Petseri_perekonnanimede_kartoteek, lk 11
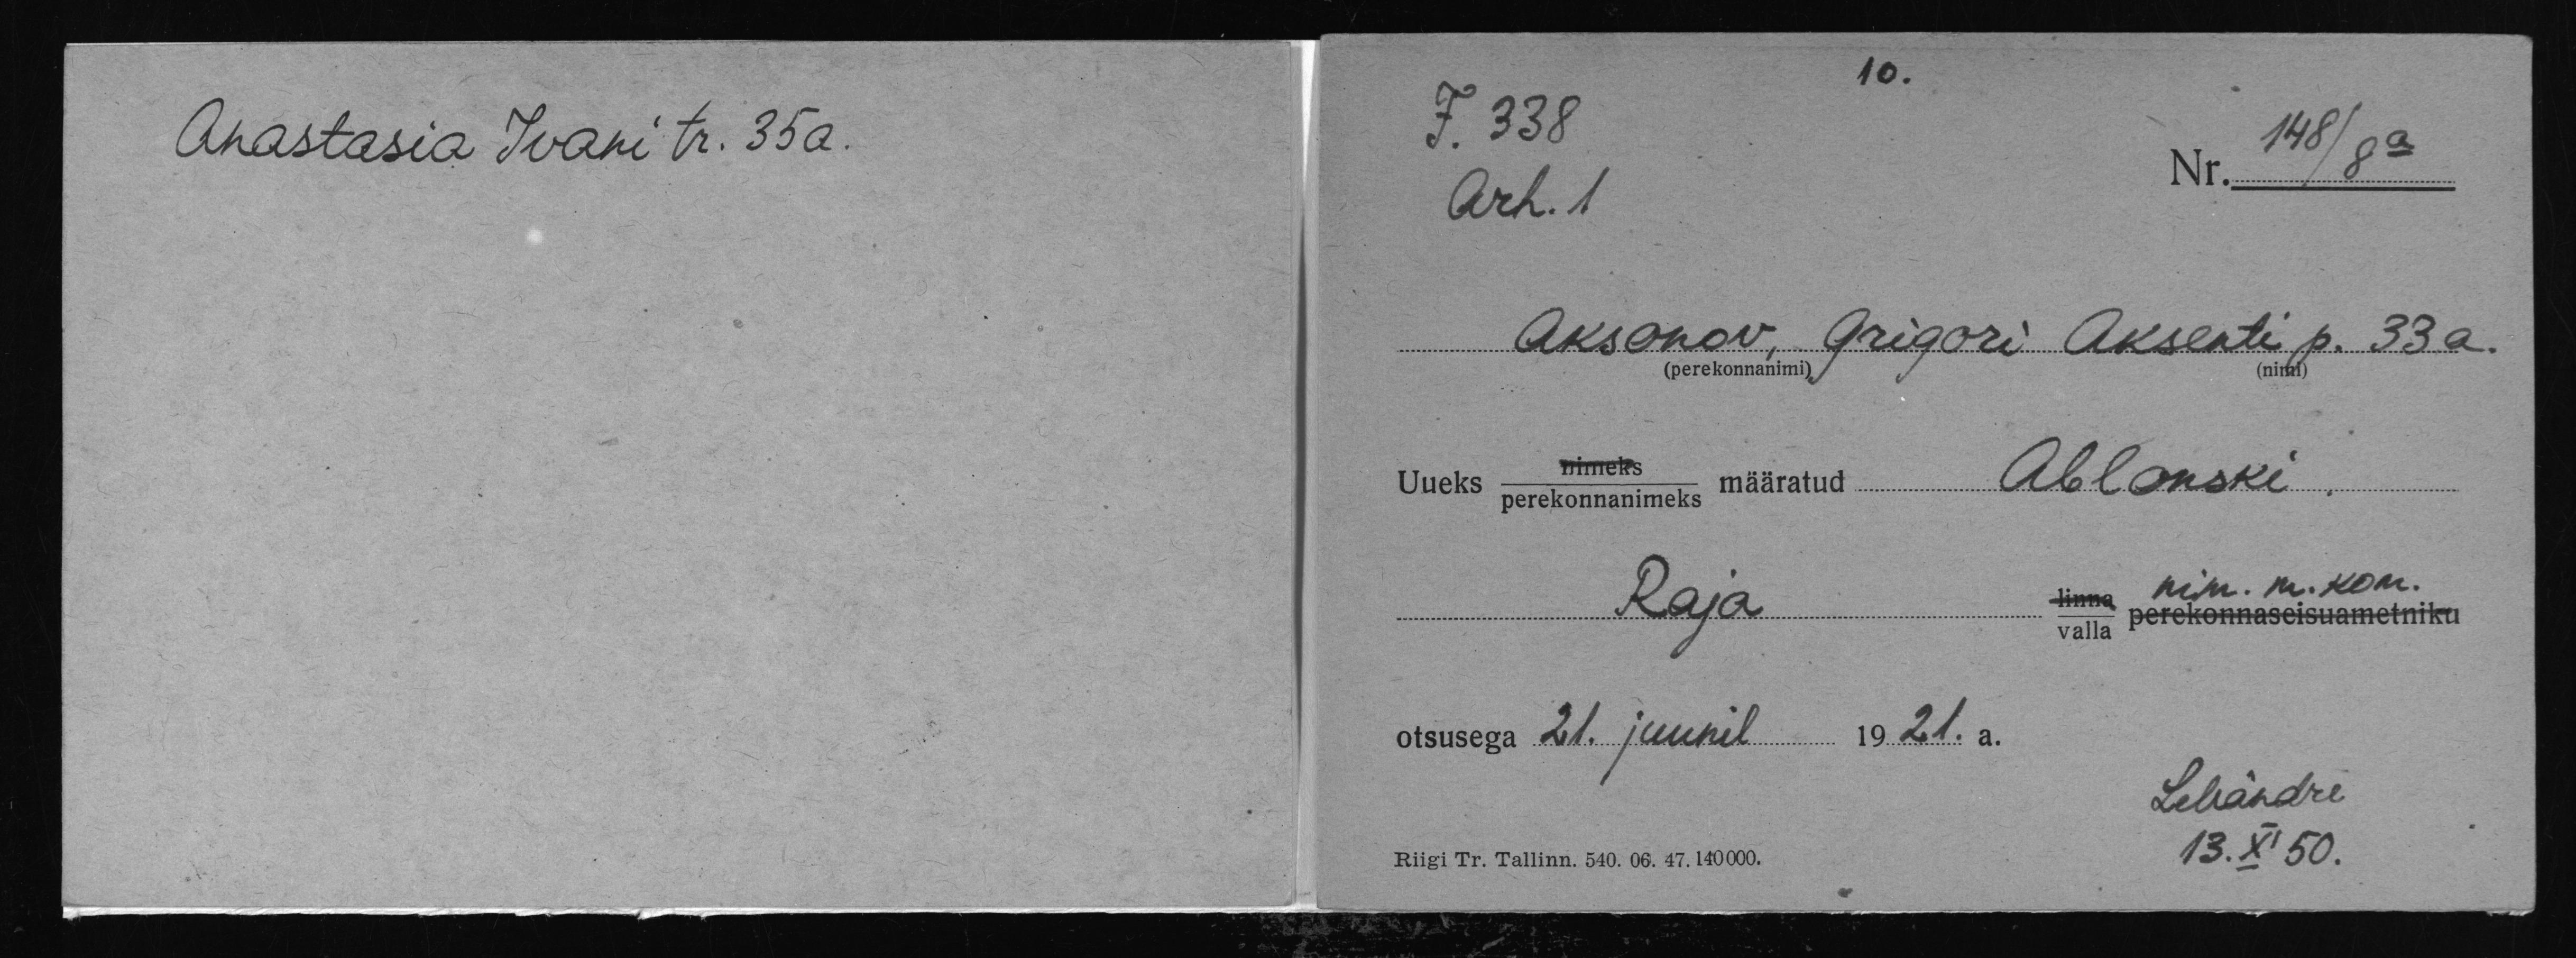
Anastasia Ivani tr. 35a.

10.
F. 338
Nr. 148/8a
Arh. 1
Aksonov Grigori Aksenti p. 33a.
Ablonski
Uueks perekonnanimeks määratud
linna
Raja
perekonnaseisuametniku
valla
otsusega 21 juunil 1921.a.
LMändre
13.XI 50.
Riigi Tr. Tallinn. 540. 06. 47. 140000.